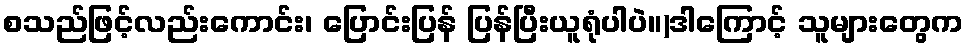
စသည်ဖြင့်လည်းကောင်း၊ ပြောင်းပြန် ပြန်ပြီးယူရုံပါပဲ။)ဒါကြောင့် သူများတွေက